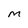
Character: M